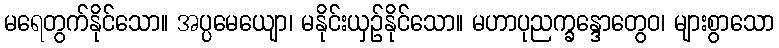
မရေတွက်နိုင်သော။ အပ္ပမေယျော၊ မနိုင်းယှဉ်နိုင်သော။ မဟာပုညက္ခန္ဒောတွေဝ၊ များစွာသော